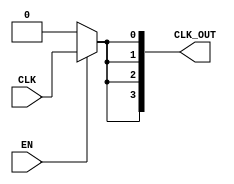
module SkewOptimizedClockBuffer (
    input wire CLK,           // Input clock signal
    input wire EN,           // Enable signal
    output wire [N-1:0] CLK_OUT // Array of output clock signals
);

parameter N = 4; // Number of output clock signals
parameter DELAY = 1; // Propagation delay for each buffer stage

// Internal signals for clock distribution
wire [N-1:0] clk_buf;

// Input Stage: Buffer the input clock signal
generate
    genvar i;
    for (i = 0; i < N; i = i + 1) begin : input_buffer
        // Simple buffer with delay to simulate skew optimization
        assign clk_buf[i] = (EN) ? CLK : 1'b0; // Drive output based on enable signal
    end
endgenerate

// Distribution Network: Balanced tree structure
generate
    for (i = 0; i < N; i = i + 1) begin : distribution_network
        // Here, we can implement a more complex structure if needed
        // For simplicity, using direct assignment with delay
        assign #DELAY CLK_OUT[i] = clk_buf[i];
    end
endgenerate

endmodule